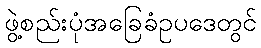
ဖွဲ့စည်းပုံအခြေခံဥပဒေတွင်